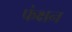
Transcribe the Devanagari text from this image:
फंक्षन